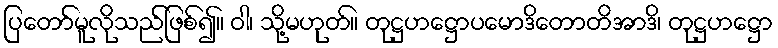
ပြတော်မူလိုသည်ဖြစ်၍။ ဝါ၊ သို့မဟုတ်။ တုဋ္ဌဟဋ္ဌောပမောဒိတောတိအာဒိ၊ တုဋ္ဌဟဋ္ဌော